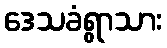
ဒေသခံရွာသား